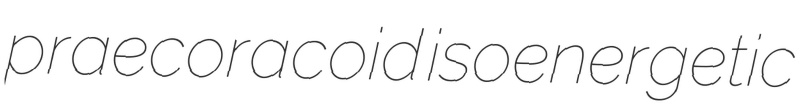
praecoracoid isoenergetic